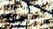
تحدثه